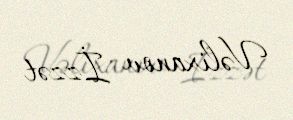
Vəlixanov İzzət